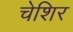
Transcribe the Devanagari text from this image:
चेशिर